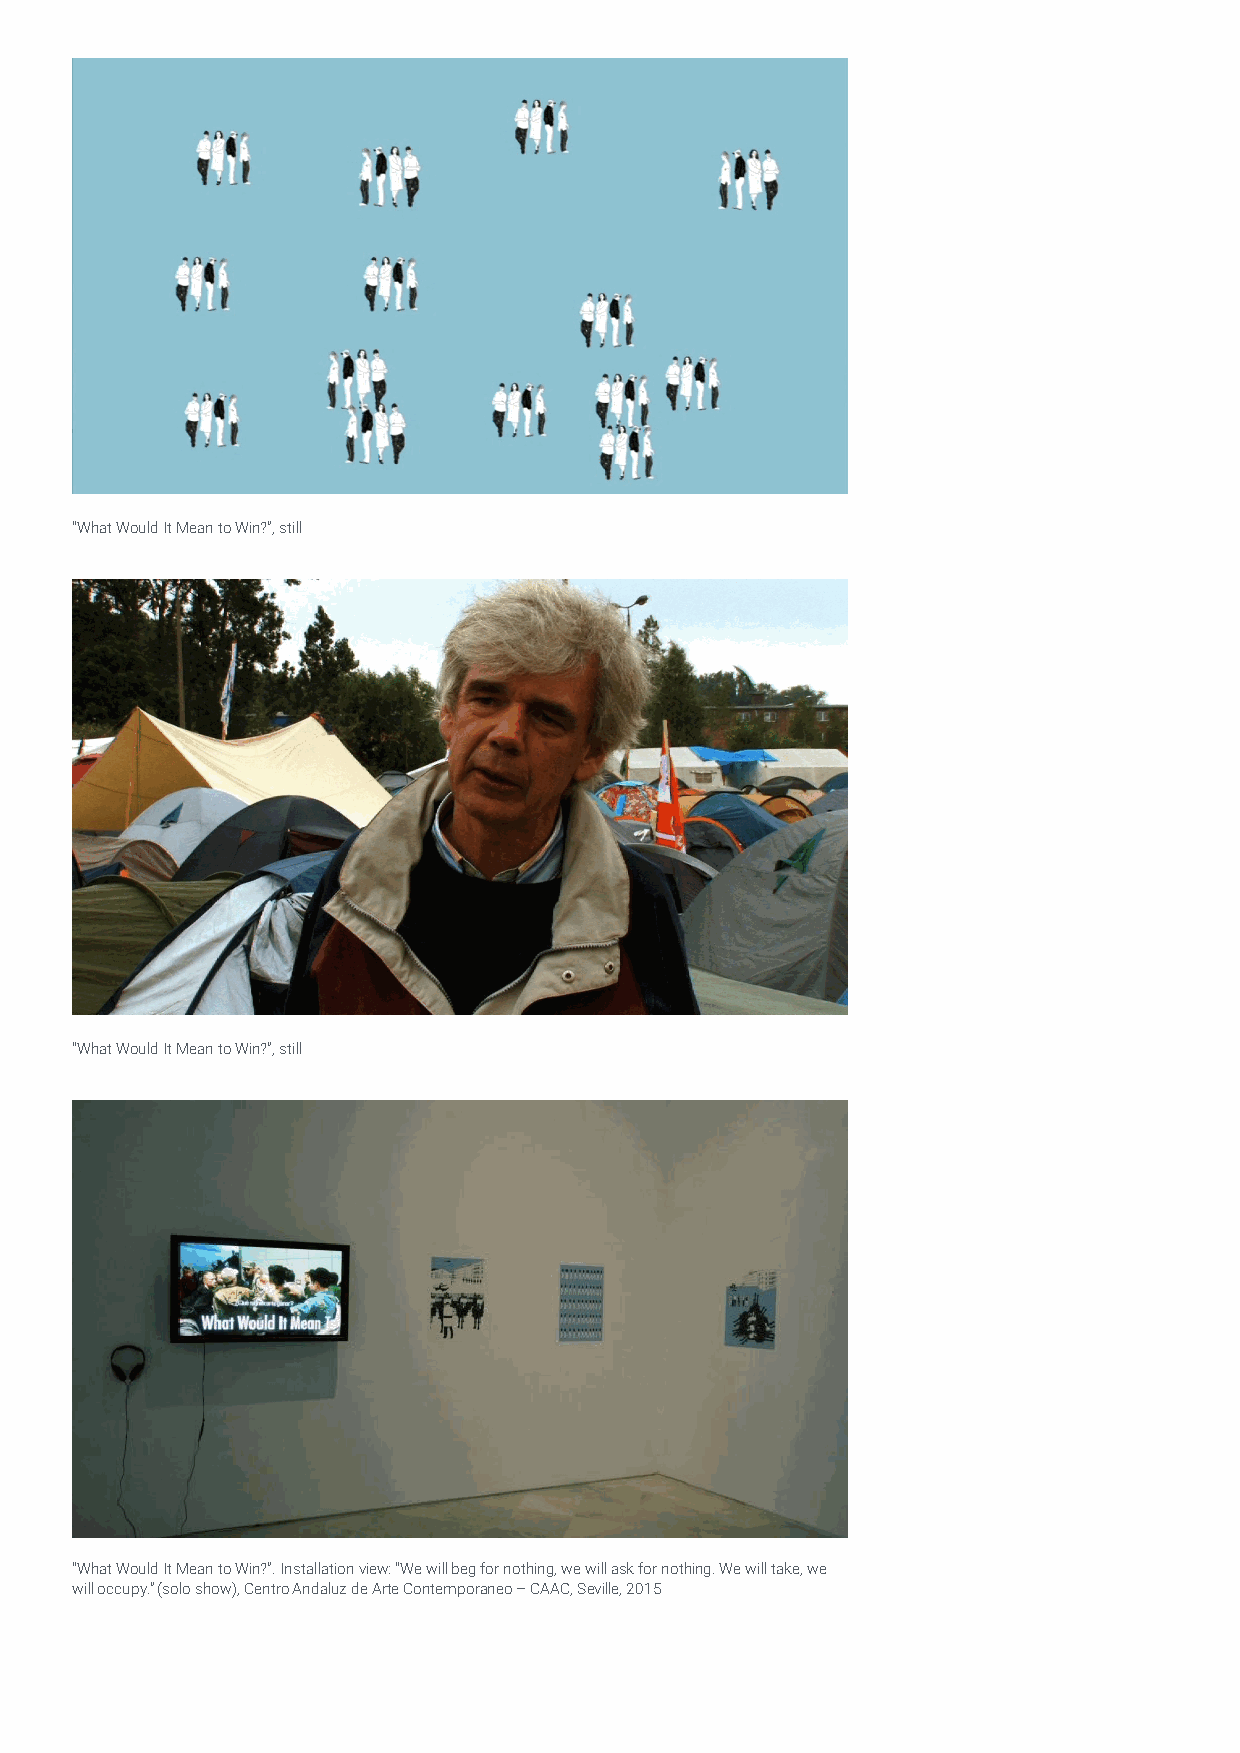
“What Would It Mean to Win?”, still
 “What Would It Mean to Win?”, still
 “What Would It Mean to Win?”. Installation view: “We will beg for nothing, we will ask for nothing. We will take, we
 will occupy.” (solo show), Centro Andaluz de Arte Contemporaneo – CAAC, Seville, 2015